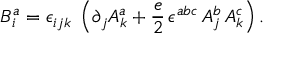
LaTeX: B _ { i } ^ { a } = \epsilon _ { i j k } \; \left( \partial _ { j } A _ { k } ^ { a } + \frac { e } { 2 } \, \epsilon ^ { a b c } \, A _ { j } ^ { b } \, A _ { k } ^ { c } \right) .